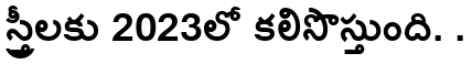
స్త్రీలకు 2023లో కలిసొస్తుంది. .